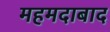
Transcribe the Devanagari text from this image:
महमदाबाद